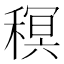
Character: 𮃠